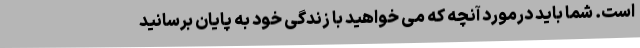
است. شما باید درمورد آنچه که می خواهید با زندگی خود به پایان برسانید